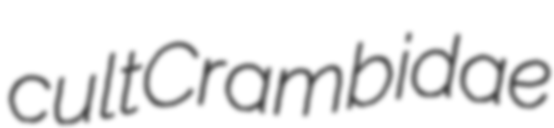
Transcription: cultCrambidae